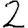
Digit: 2